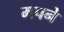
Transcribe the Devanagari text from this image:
मपने